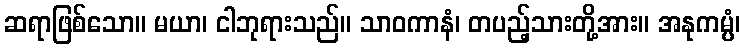
ဆရာဖြစ်သော။ မယာ၊ ငါဘုရားသည်။ သာဝကာနံ၊ တပည့်သားတို့အား။ အနုကမ္ပံ၊